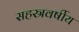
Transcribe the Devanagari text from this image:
सहस्रवर्षीय